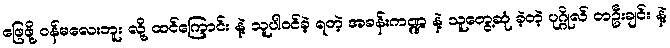
ဖြေဖို့ ဝန်မလေးဘူး လို့ ထင်ကြောင်း နဲ့ သူပါဝင်ခဲ့ ရတဲ့ အခန်းကဏ္ဍ နဲ့ သူတွေ့ဆုံ ခဲ့တဲ့ ပုဂ္ဂိုလ် တဦးချင်း နဲ့